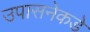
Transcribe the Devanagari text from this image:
उपासनेकडे